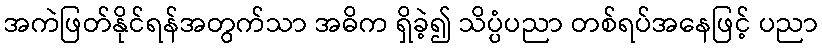
အကဲဖြတ်နိုင်ရန်အတွက်သာ အဓိက ရှိခဲ့၍ သိပ္ပံပညာ တစ်ရပ်အနေဖြင့် ပညာ